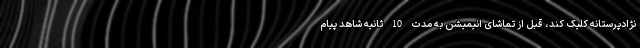
نژادپرستانه کلیک کند، قبل از تماشای انیمیشن به مدت 10 ثانیه شاهد پیام